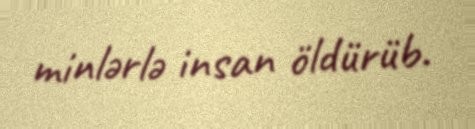
minlərlə insan öldürüb.